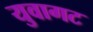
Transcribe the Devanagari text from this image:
युवागट